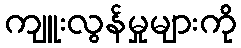
ကျူးလွန်မှုများကို